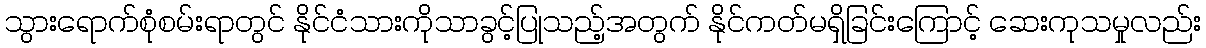
သွားရောက်စုံစမ်းရာတွင် နိုင်ငံသားကိုသာခွင့်ပြုသည့်အတွက် နိုင်ကတ်မရှိခြင်းကြောင့် ဆေးကုသမှုလည်း